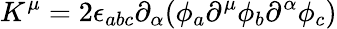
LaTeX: K^{\mu}=2\epsilon_{abc}\partial_{\alpha}(\phi_{a}\partial^{\mu}\phi_{b}\partial^{\alpha}\phi_{c})